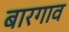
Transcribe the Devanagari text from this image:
बारगाव